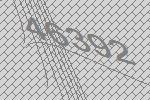
46392